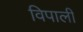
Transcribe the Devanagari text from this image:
विपाली